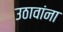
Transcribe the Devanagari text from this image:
उठावांना